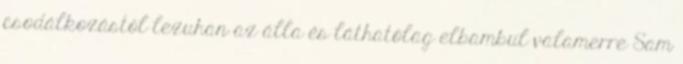
csodálkozástól lezuhan az álla és láthatólag elbambul valamerre Sam